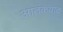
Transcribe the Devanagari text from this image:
अातंकवाद